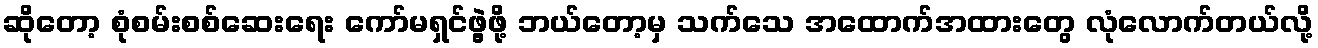
ဆိုတော့ စုံစမ်းစစ်ဆေးရေး ကော်မရှင်ဖွဲ့ဖို့ ဘယ်တော့မှ သက်သေ အထောက်အထားတွေ လုံလောက်တယ်လို့